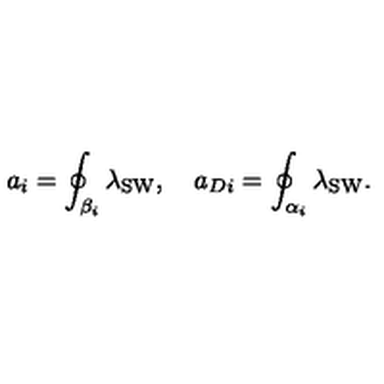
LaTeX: a _ { i } = \oint _ { \beta _ { i } } \lambda _ { \mathrm { S W } } , \quad a _ { D i } = \oint _ { \alpha _ { i } } \lambda _ { \mathrm { S W } } .